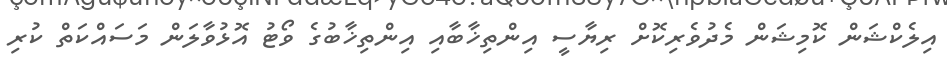
އިލެކްޝަން ކޮމިޝަން މެދުވެރިކޮށް ރިޔާސީ އިންތިޚާބާއި އިންތިޚާބުގެ ވޯޓު އޮޅުވާލަން މަސައްކަތް ކުރި